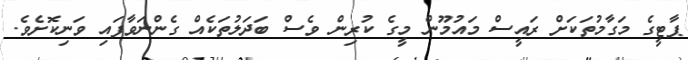
ޕާޓީގެ މަގާމުތަކަށް ރައީސް މައުމޫން މީގެ ކުރިން ވެސް ބަދަލުތަކެއް ގެންނަވާފައި ވަނިކޮށެވެ.